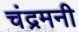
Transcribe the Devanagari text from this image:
चंद्रमनी